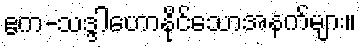
ဧက-သဒ္ဒါဟောနိုင်သောအနက်များ။